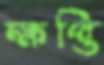
ক্ষপ্তি